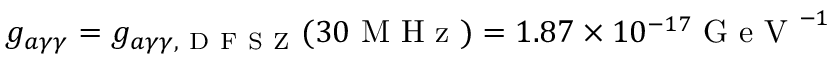
g _ { a \gamma \gamma } = g _ { a \gamma \gamma , \mathrm { ~ D ~ F ~ S ~ Z ~ } } ( 3 0 \mathrm { ~ M ~ H ~ z ~ } ) = 1 . 8 7 \times 1 0 ^ { - 1 7 } \mathrm { ~ G ~ e ~ V ~ } ^ { - 1 }